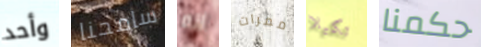
وأحد سامحنا انه ممرات تكيلا حكمنا